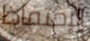
الإحتفاظ